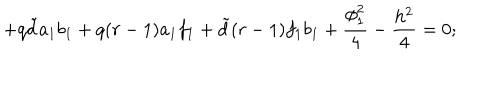
LaTeX: + q { \tilde { d } } a _ { 1 } b _ { 1 } + q ( r - 1 ) a _ { 1 } f _ { 1 } + { \tilde { d } } ( r - 1 ) f _ { 1 } b _ { 1 } + \frac { \phi _ { 1 } ^ { 2 } } { 4 } - \frac { h ^ { 2 } } { 4 } = 0 ;